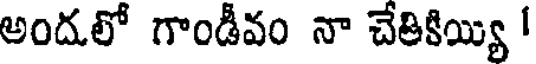
అందలో గాండీవం నా చేతికియ్యి '